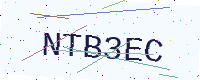
Text: NTB3EC